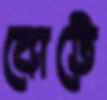
বোটে